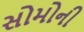
સોમોની